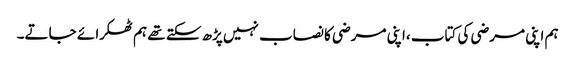
ہم اپنی مرضی کی کتاب ،اپنی مرضی کا نصاب نہیں پڑھ سکتے تھے ہم ٹھکرا ئے جاتے۔